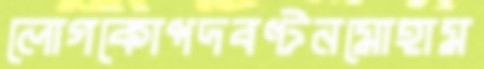
লোগকোপদবণ্টনমোহাম